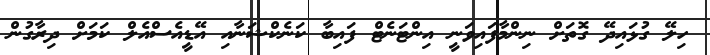
ހިލޭ ގުޅައިދޭ ގޮތަށް ނިންމާފައިވަނީ އިންޓަނެޓް ފައިބާ ކަނެކްޝަނާއި އޭޑީއެސްއެލް ކަމަށް ދިރާގުން